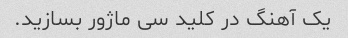
یک آهنگ در کلید سی ماژور بسازید.